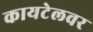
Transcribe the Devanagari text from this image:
कायटेलवर